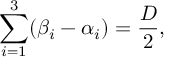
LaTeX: \sum _ { i = 1 } ^ { 3 } ( \beta _ { i } - \alpha _ { i } ) = \frac { D } { 2 } ,